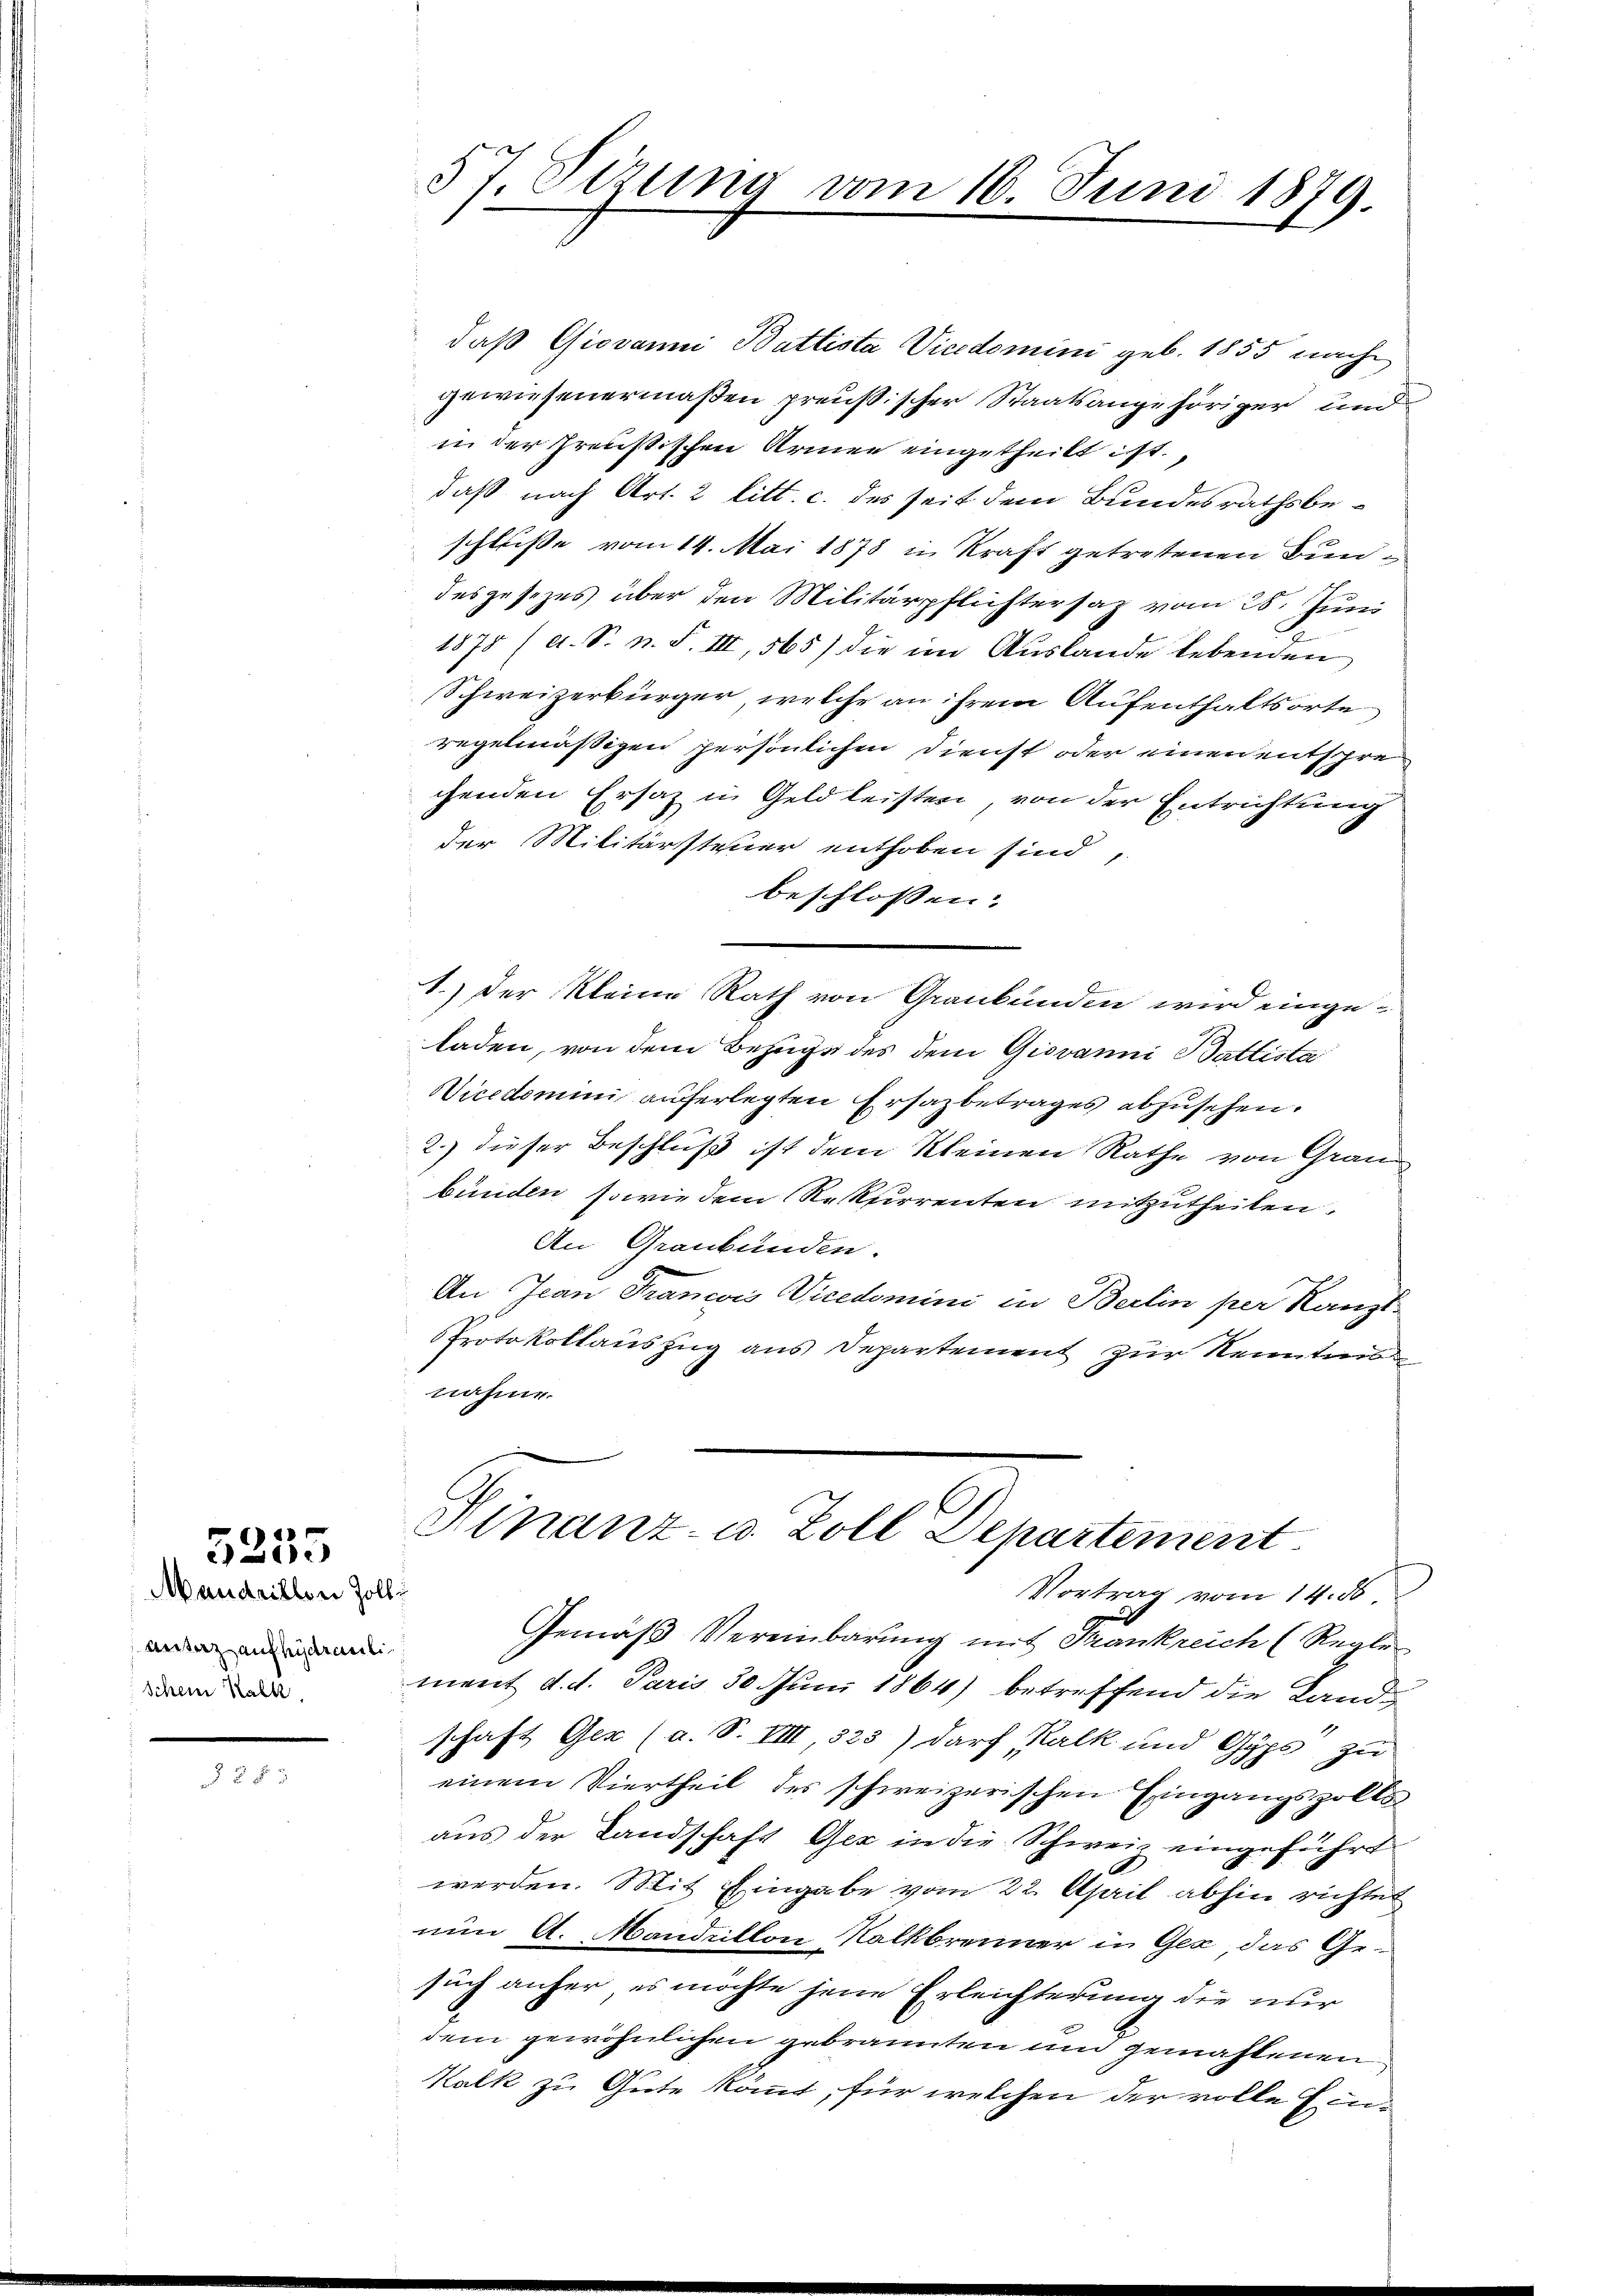
Mandrillen Zoll
Unterz aufhydrauli
Schein Kalk,

5255

37. Sizung vom 16. Juni 1879.

daß Giovanni Battista Vicedomini geb. 1855 nach
gewiesenermaßen preußischer Staatsangehöriger und
in der Preußischen Armen eingetheilt ist.
daß nach Art. 2 litt. c. des seit dem Bundesrathsbeschluße vom 14. Mai 1878 in Kraft getretenen Bundesgesezes über den Militärpflichtersaz vom 28. Juni
1878 (s. S. n. F. III, 565) die im Auslande lebenden
Schweizerbürger, welche an ihrem Aufenthaltsorte
regelmässigen persönlichen Dienst oder einen entschrechenden Ersatz in Geld leisten, von der Entrichtung
der Militärsteuer enthoben sind,
beschlossen:
1.) Der Kleine Rath von Graubünden wird eingeladen, von dem Bezugs des dem Giovanni Battista
Vicedomini auferlegten Ersazbetrages abzusehen.
2.) dieser Beschluß ist dem Kleinen Rathe von Gran
bünden, sowie dem Rekurrenten mitzutheilen.
An Graubünden.
An Jean Francis Vicedomini in Berlin per Kanzl
Protokollauszug aus Departement zur Kennten
nahme.
Sinanz- u. Zoll Departement
Vortrag vom 14. d
Gemäß Vereinbarung mit Frankreich (Regle
ment d. d. Paris 30 Juni 1864) betreffend die Landschaft Ger (a. S. VIII, 323) darf Kalk und Gyps zu
einem Viertheil des schweizerischen Eingangszolts
aus der Landschaft Gez in die Schweiz eingeführt
werden. Mit Eingabe vom 22. April abhin richtet
nun A. Mandellon Kalkbrenner in Gez das Gesuch anher es möchte jene Erleichterung die nur
dem gewöhnlichen gebrannten um gemahlenen
Kalk zu Gute kommt, für welchen der volle Ein¬